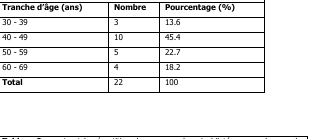
| Tranche d’âge (ans) | Nombre | Pourcentage (%) |
 | --- | --- | --- |
 | 30 - 39 | 3 | 13.6 |
 | 40 - 49 | 10 | 45.4 |
 | 50 - 59 | 5 | 22.7 |
 | 60 - 69 | 4 | 18.2 |
 | Total | 22 | 100 |